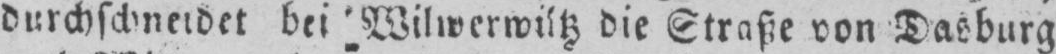
die Straße von Dasburg